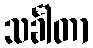
သင်္ခါတာ